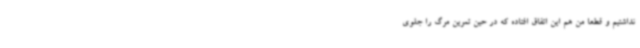
نداشتیم و قطعا من هم این اتفاق افتاده که در حین تمرین مرگ را جلوی